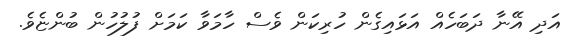
އަދި އޭނާ ދަބަހެއް އަޅައިގެން ހުރިކަން ވެސް ހާމަވާ ކަމަށް ފުލުހުން ބުންޏެވެ.